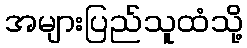
အများပြည်သူထံသို့